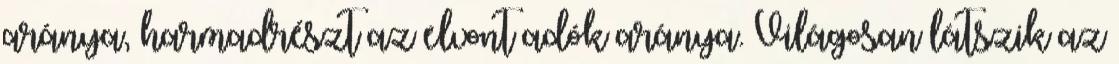
aránya, harmadrészt az elvont adók aránya. Világosan látszik az